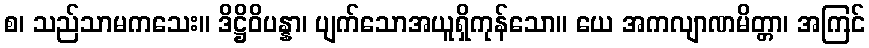
စ၊ သည်သာမကသေး။ ဒိဋ္ဌိဝိပန္နာ၊ ပျက်သောအယူရှိကုန်သော။ ယေ အကလျာဏမိတ္တာ၊ အကြင်